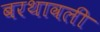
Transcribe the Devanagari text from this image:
बरथावली